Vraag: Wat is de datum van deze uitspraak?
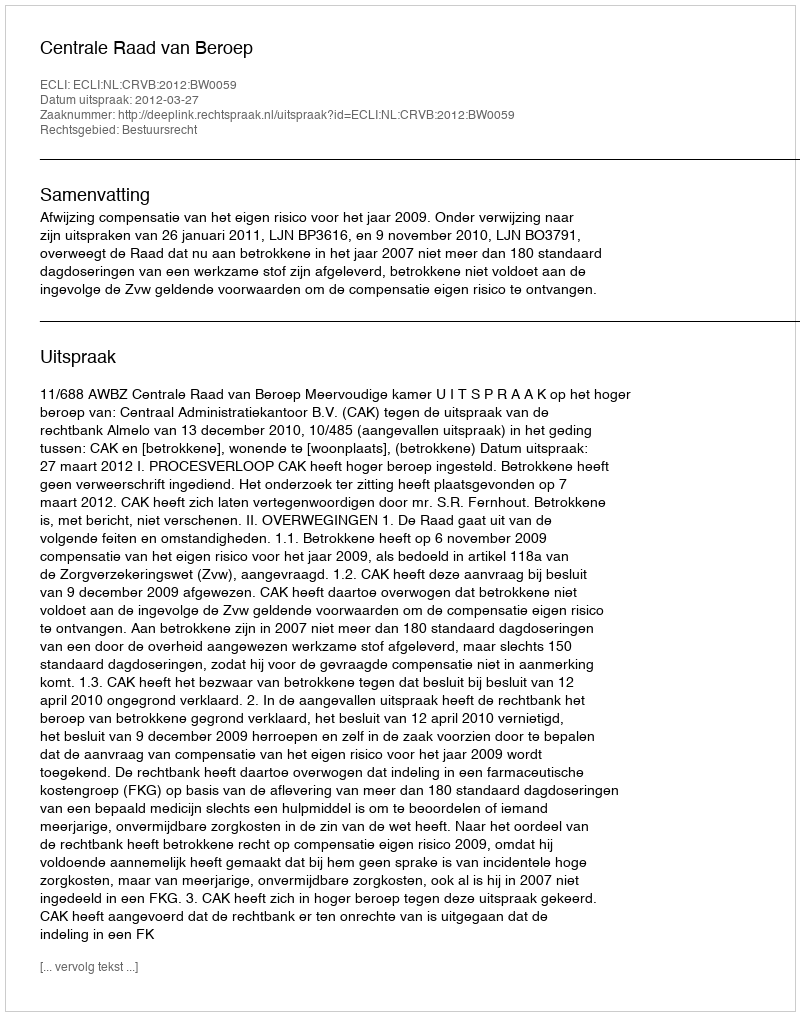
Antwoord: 2012-03-27